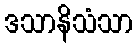
ဒသာနိသံသာ